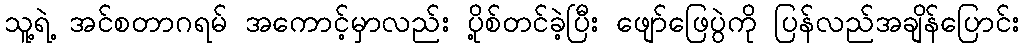
သူ့ရဲ့ အင်စတာဂရမ် အကောင့်မှာလည်း ပို့စ်တင်ခဲ့ပြီး ဖျော်ဖြေပွဲကို ပြန်လည်အချိန်ပြောင်း